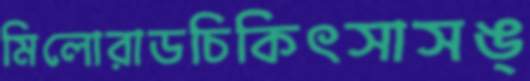
মিলোরাডচিকিৎসাসঙ্